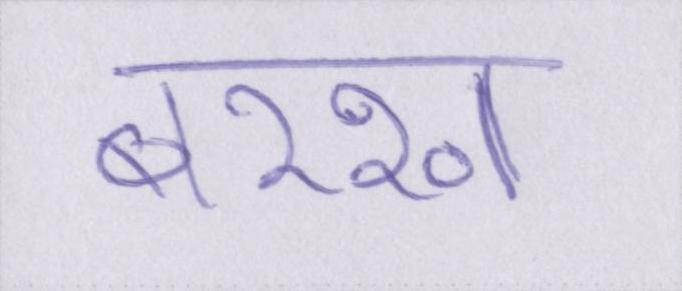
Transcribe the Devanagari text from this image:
बरखा